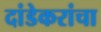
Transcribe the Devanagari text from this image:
दांडेकरांचा